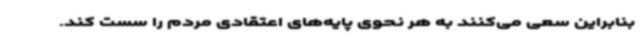
بنابراین سعی می‌کنند به هر نحوی پایه‌های اعتقادی مردم را سست کند.